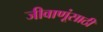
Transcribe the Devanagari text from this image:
जीवाणूंसाठी